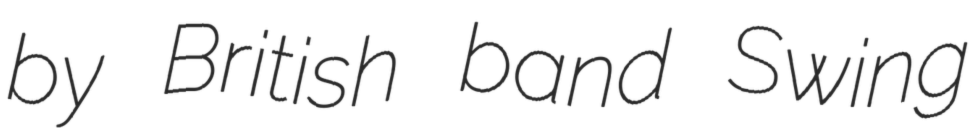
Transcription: by British band Swing